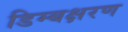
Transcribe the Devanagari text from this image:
डिम्बक्षरण